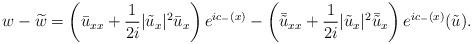
LaTeX: \begin{align*}w-\widetilde{w}=\left(\bar{u}_{xx}+\frac{1}{2 i}|\tilde{u}_x|^2 \bar{u}_x\right)e^{ic_-(x)}-\left(\bar{\tilde{u}}_{xx}+\frac{1}{2i}|\tilde{u}_x|^2 \bar{\tilde{u}}_x\right) e^{ic_-(x)}(\tilde{u}).\end{align*}